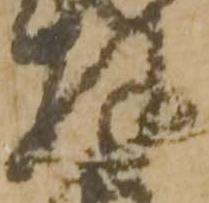
兵